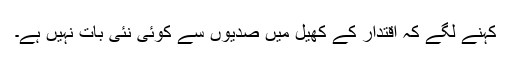
کہنے لگے کہ اقتدار کے کھیل میں صدیوں سے کوئی نئی بات نہیں ہے۔